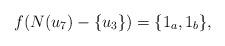
LaTeX: \begin{align*}f(N(u_7)-\{u_3\}) = \{1_a,1_b\},\end{align*}